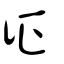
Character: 征